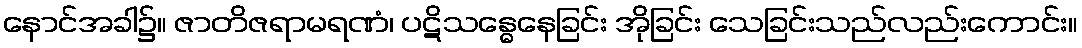
နောင်အခါ၌။ ဇာတိဇရာမရဏံ၊ ပဋိသန္ဓေနေခြင်း အိုခြင်း သေခြင်းသည်လည်းကောင်း။